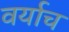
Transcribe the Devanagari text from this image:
वर्याच